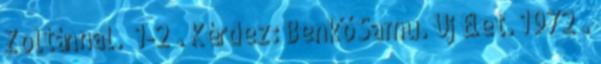
Zoltánnal. 1-2 . Kérdez: Benkő Samu. Új Élet. 1972 .